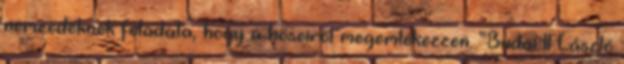
nemzedéknek feladata, hogy a hőseiről megemlékezzen. “Budai II László